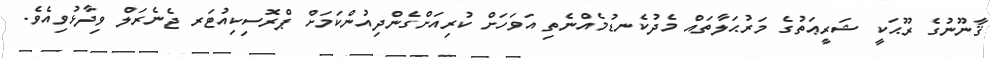
ޤާނޫނުގެ ރޫޙަކީ ޝަރީޢަތުގެ މަރުޙަލާތައް މެދުކެނޑުމެއްނެތި އަވަހަށް ކުރިއަށްގެންދިއުންކަމަށް ޕްރޮސިކިއުޓަރ ޖެނެރަލް ވިދާޅުވިއެވެ.